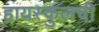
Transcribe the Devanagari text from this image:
हायस्कुलची